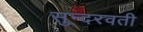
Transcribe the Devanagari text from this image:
सुन्दरवती